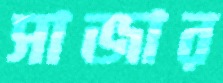
সাজার